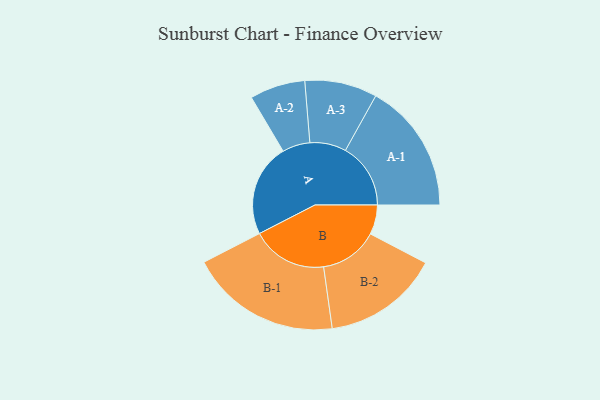
{"axis": {"x": "Segment", "y": "Value"}, "legend": ["", "A", "B"], "data": [{"x": "A", "y": 361, "type": ""}, {"x": "B", "y": 115, "type": ""}, {"x": "A-1", "y": 254, "type": "A"}, {"x": "A-2", "y": 108, "type": "A"}, {"x": "A-3", "y": 141, "type": "A"}, {"x": "B-1", "y": 295, "type": "B"}, {"x": "B-2", "y": 227, "type": "B"}]}